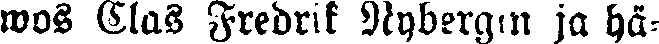
wos Clas Fredrik Nybergin ja hä-